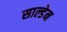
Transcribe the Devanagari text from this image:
साल्डेन